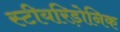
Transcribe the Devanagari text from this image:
स्टीयरिड़ोनिक